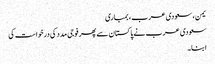
یمن، سعودی عرب، بمباری
سعودی عرب نے پاکستان سے پھر فوجی مدد کی درخواست کی
ابنا۔